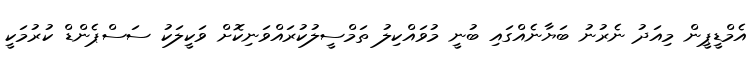
އެމްޑީޕީން މިއަދު ނެރުނު ބަޔާނެއްގައި ބުނީ މުވައްކިލު ތަމްސީލުކުރައްވަނިކޮށް ވަކީލަކު ސަސްޕެންޑް ކުރުމަކީ